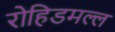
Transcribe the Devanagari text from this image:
रोहिडमल्ल